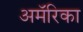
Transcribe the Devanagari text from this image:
अमॅरिका